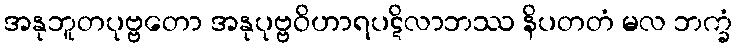
အနုဘူတပုဗ္ဗတော အနုပုဗ္ဗဝိဟာရပဋိလာဘဿ နိပတတံ မလ ဘက္ခံ